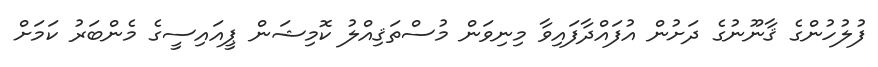
ފުލުހުންގެ ޤާނޫނުގެ ދަށުން އުފައްދާފައިވާ މިނިވަން މުސްތަޤިއްލު ކޮމިޝަން ޕީއައިސީގެ މެންބަރު ކަމަށް